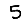
Digit: 5